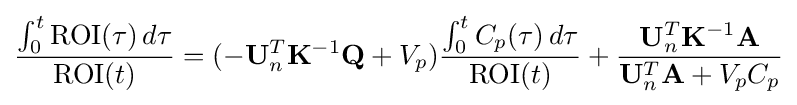
{{\int _{0}^{t}\mathrm {ROI} (\tau )\,d\tau } \over \mathrm {ROI} (t)}=(-\mathbf {U} _{n}^{T}\mathbf {K} ^{-1}\mathbf {Q} +V_{p}){{\int _{0}^{t}C_{p}(\tau )\,d\tau } \over \mathrm {ROI} (t)}+{{\mathbf {U} _{n}^{T}\mathbf {K} ^{-1}\mathbf {A} } \over {\mathbf {U} _{n}^{T}\mathbf {A} +V_{p}C_{p}}}